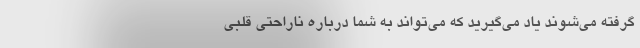
گرفته می‌شوند یاد می‌گیرید که می‌تواند به شما درباره ناراحتی قلبی